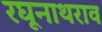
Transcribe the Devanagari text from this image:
रघूनाथराव